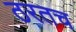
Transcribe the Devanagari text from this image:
ठरतच